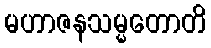
မဟာဇနသမ္မတောတိ